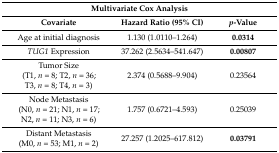
| <COLSPAN=3> Multivariate Cox Analysis |
 | Covariate | Hazard Ratio (95% CI) | p-Value |
 | --- | --- | --- |
 | Age at initial diagnosis | 1.130 (1.0110–1.264) | 0.0314 |
 | TUG1 Expression | 37.262 (2.5634–541.647) | 0.00807 |
 | Tumor Size(T1, n = 8; T2, n = 36;T3, n = 8; T4, n = 3) | 2.374 (0.5688–9.904) | 0.23564 |
 | Node Metastasis(N0, n = 21; N1, n = 17;N2, n = 11; N3, n = 6) | 1.757 (0.6721–4.593) | 0.25039 |
 | Distant Metastasis(M0, n = 53; M1, n = 2) | 27.257 (1.2025–617.812) | 0.03791 |